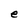
Character: e